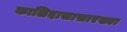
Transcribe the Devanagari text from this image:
कालिदासासारख्या